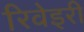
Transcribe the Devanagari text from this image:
रिवेइरी